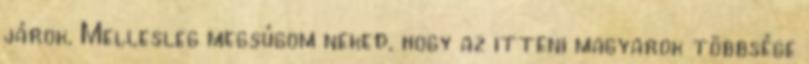
járok. Mellesleg megsúgom neked, hogy az itteni magyarok többsége